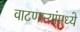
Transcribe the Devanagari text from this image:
वाटणाऱ्यांमध्ये